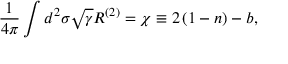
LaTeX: \frac { 1 } { 4 \pi } \int d ^ { 2 } \sigma \sqrt { \gamma } R ^ { ( 2 ) } = \chi \equiv 2 \left( 1 - n \right) - b ,